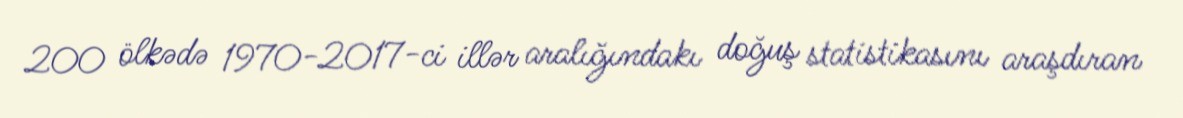
200 ölkədə 1970-2017-ci illər aralığındakı doğuş statistikasını araşdıran